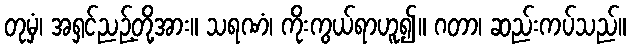
တုမှံ၊ အရှင်ညဉ့်တို့အား။ သရဏံ၊ ကိုးကွယ်ရာဟူ၍။ ဂတာ၊ ဆည်းကပ်သည်။